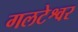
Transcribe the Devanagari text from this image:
गलटेश्वर